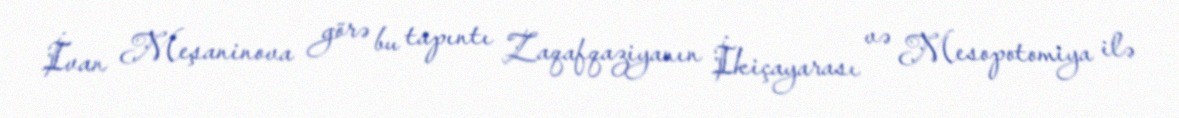
İvan Meşaninova görə bu tapıntı Zaqafqaziyanın İkiçayarası və Mesopotomiya ilə